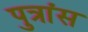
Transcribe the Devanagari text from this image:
पुत्रांस